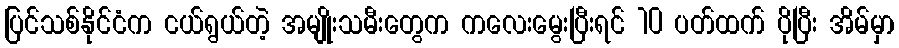
ပြင်သစ်နိုင်ငံက ငယ်ရွယ်တဲ့ အမျိုးသမီးတွေက ကလေးမွေးပြီးရင် 10 ပတ်ထက် ပိုပြီး အိမ်မှာ